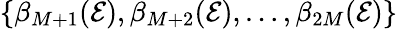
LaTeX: \{ \beta_{M+1}(\mathcal{E}),\beta_{M+2}(\mathcal{E}),\dots,\beta_{2M}(\mathcal{E})\}